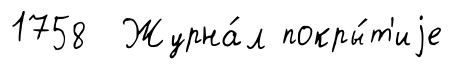
1758 Журна́л покры́т'иjе